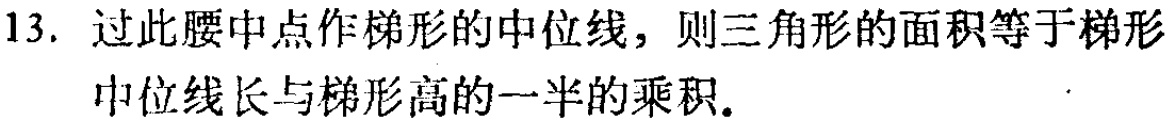
13. 过此腰中点作梯形的中位线，则三角形的面积等于梯形中位线长与梯形高的一半的乘积.